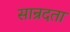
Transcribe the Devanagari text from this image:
सान्रदता